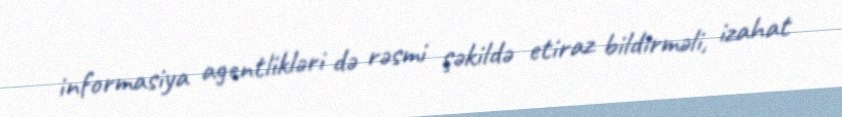
informasiya agentlikləri də rəsmi şəkildə etiraz bildirməli, izahat